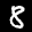
Label: 8